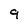
Character: 9